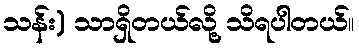
သန်း) သာရှိတယ်လို့ သိရပါတယ်။